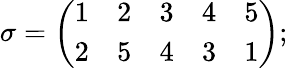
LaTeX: \sigma={\left(\begin{array}{lllll}{1}&{2}&{3}&{4}&{5}\\ {2}&{5}&{4}&{3}&{1}\end{array}\right)};